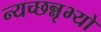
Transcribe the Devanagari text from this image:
न्यच्छन्नृभ्यो